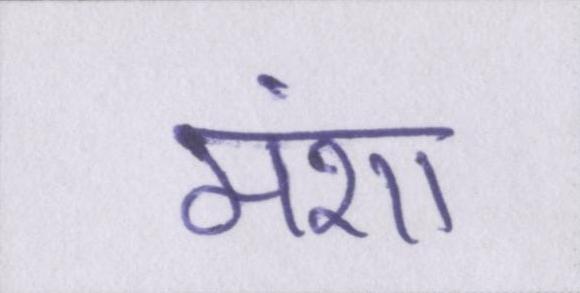
मंशा